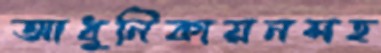
আধুনিকায়নসহ